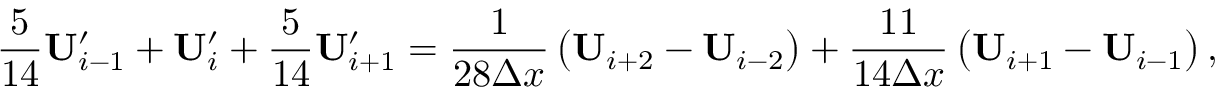
\frac { 5 } { 1 4 } \mathbf { U } _ { i - 1 } ^ { \prime } + \mathbf { U } _ { i } ^ { \prime } + \frac { 5 } { 1 4 } \mathbf { U } _ { i + 1 } ^ { \prime } = \frac { 1 } { 2 8 \Delta x } \left( \mathbf { U } _ { i + 2 } - \mathbf { U } _ { i - 2 } \right) + \frac { 1 1 } { 1 4 \Delta x } \left( \mathbf { U } _ { i + 1 } - \mathbf { U } _ { i - 1 } \right) ,